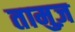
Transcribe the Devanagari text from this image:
तामुज़